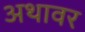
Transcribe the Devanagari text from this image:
अथावर